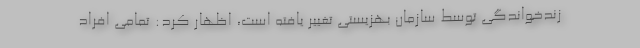
زندخواندگی توسط سازمان بهزیستی تغییر یافته است، اظهار کرد: تمامی افراد